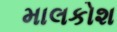
માલકોશ